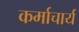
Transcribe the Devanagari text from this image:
कर्माचार्य